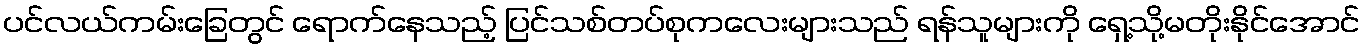
ပင်လယ်ကမ်းခြေတွင် ရောက်နေသည့် ပြင်သစ်တပ်စုကလေးများသည် ရန်သူများကို ရှေ့သို့မတိုးနိုင်အောင်